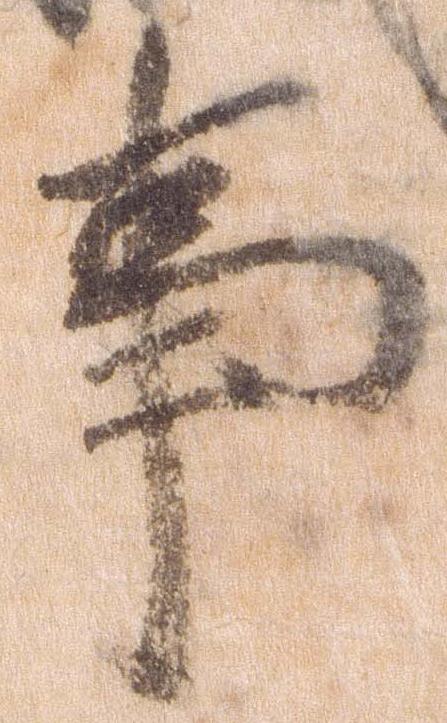
事